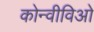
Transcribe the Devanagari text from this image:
कोन्वीविओ